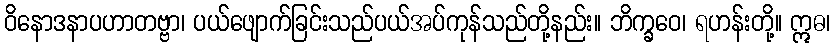
ဝိနောဒနာပဟာတဗ္ဗာ၊ ပယ်ဖျောက်ခြင်းသည်ပယ်အပ်ကုန်သည်တို့နည်း။ ဘိက္ခဝေ၊ ရဟန်းတို့။ ဣဓ၊